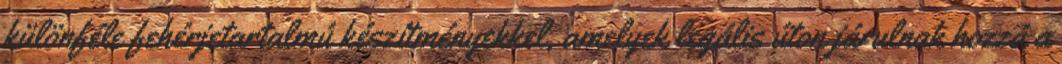
különféle fehérjetartalmú készítményekkel, amelyek legális úton járulnak hozzá a